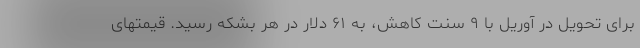
برای تحویل در آوریل با ۹ سنت کاهش، به ۶۱ دلار در هر بشکه رسید. قیمتهای